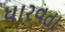
ધારવતા